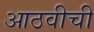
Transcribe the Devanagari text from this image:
आठवीची